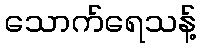
သောက်ရေသန့်